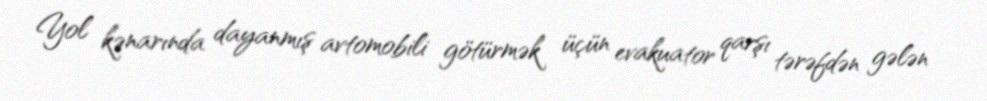
Yol kənarında dayanmış avtomobili götürmək üçün evakuator qarşı tərəfdən gələn